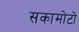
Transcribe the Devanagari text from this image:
सकामोटो